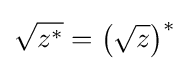
{\sqrt {z^{*}}}=\left({\sqrt {z}}\right)^{*}